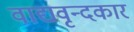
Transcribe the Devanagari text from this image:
वाद्यवृन्दकार